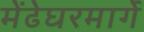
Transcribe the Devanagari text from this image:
मेंढेघरमार्गे